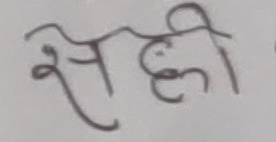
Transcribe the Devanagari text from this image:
सही